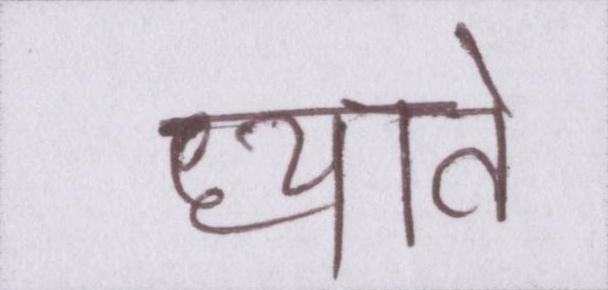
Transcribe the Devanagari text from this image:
ध्याते